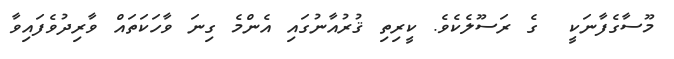
މޫސާގެފާނަކީ  ގެ ރަސޫލެކެވެ. ކީރިތި ޤުރުއާނުގައި އެންމެ ގިނަ ވާހަކަތައް ވާރިދުވެފައިވާ